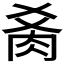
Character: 𰮍